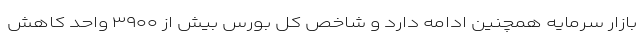
بازار سرمایه همچنین ادامه دارد و شاخص کل بورس بیش از ۳۹۰۰ واحد کاهش